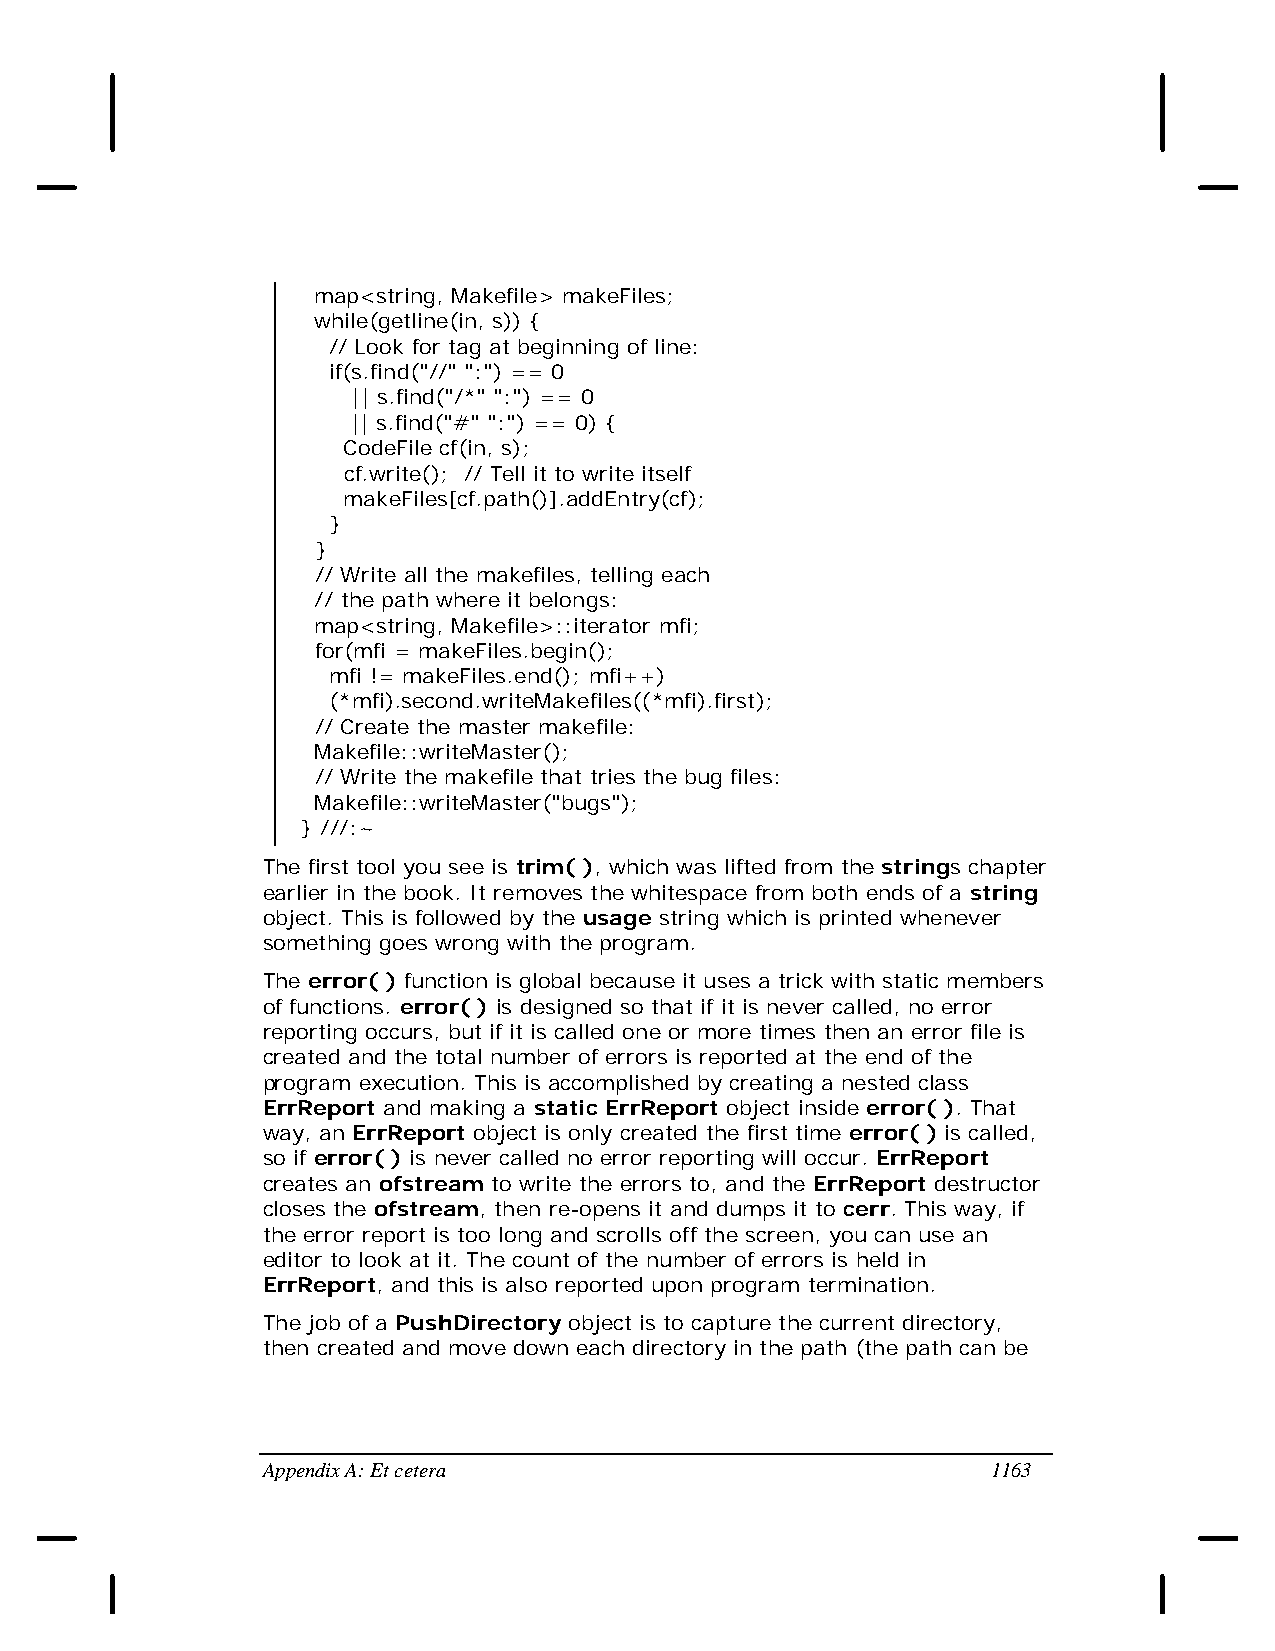
map<string, Makefile> makeFiles;
 while(getline(in, s)) {
 // Look for tag at beginning of line:
 if(s.find("//" ":") == 0
 || s.find("/*" ":") == 0
 || s.find("#" ":") == 0) {
 CodeFile cf(in, s);
 cf.write(); // Tell it to write itself
 makeFiles[cf.path()].addEntry(cf);
 }
 }
 // Write all the makefiles, telling each
 // the path where it belongs:
 map<string, Makefile>::iterator mfi;
 for(mfi = makeFiles.begin();
 mfi != makeFiles.end(); mfi++)
 (*mfi).second.writeMakefiles((*mfi).first);
 // Create the master makefile:
 Makefile::writeMaster();
 // Write the makefile that tries the bug files:
 Makefile::writeMaster("bugs");
 } ///:~
 The first tool you see is trim( ), which was lifted from the strings chapter
 earlier in the book. It removes the whitespace from both ends of a string
 object. This is followed by the usage string which is printed whenever
 something goes wrong with the program.
 The error( ) function is global because it uses a trick with static members
 of functions. error( ) is designed so that if it is never called, no error
 reporting occurs, but if it is called one or more times then an error file is
 created and the total number of errors is reported at the end of the
 program execution. This is accomplished by creating a nested class
 ErrReport and making a static ErrReport object inside error( ). That
 way, an ErrReport object is only created the first time error( ) is called,
 so if error( ) is never called no error reporting will occur. ErrReport
 creates an ofstream to write the errors to, and the ErrReport destructor
 closes the ofstream, then re-opens it and dumps it to cerr. This way, if
 the error report is too long and scrolls off the screen, you can use an
 editor to look at it. The count of the number of errors is held in
 ErrReport, and this is also reported upon program termination.
 The job of a PushDirectory object is to capture the current directory,
 then created and move down each directory in the path (the path can be
 Appendix A: Et cetera                            1163